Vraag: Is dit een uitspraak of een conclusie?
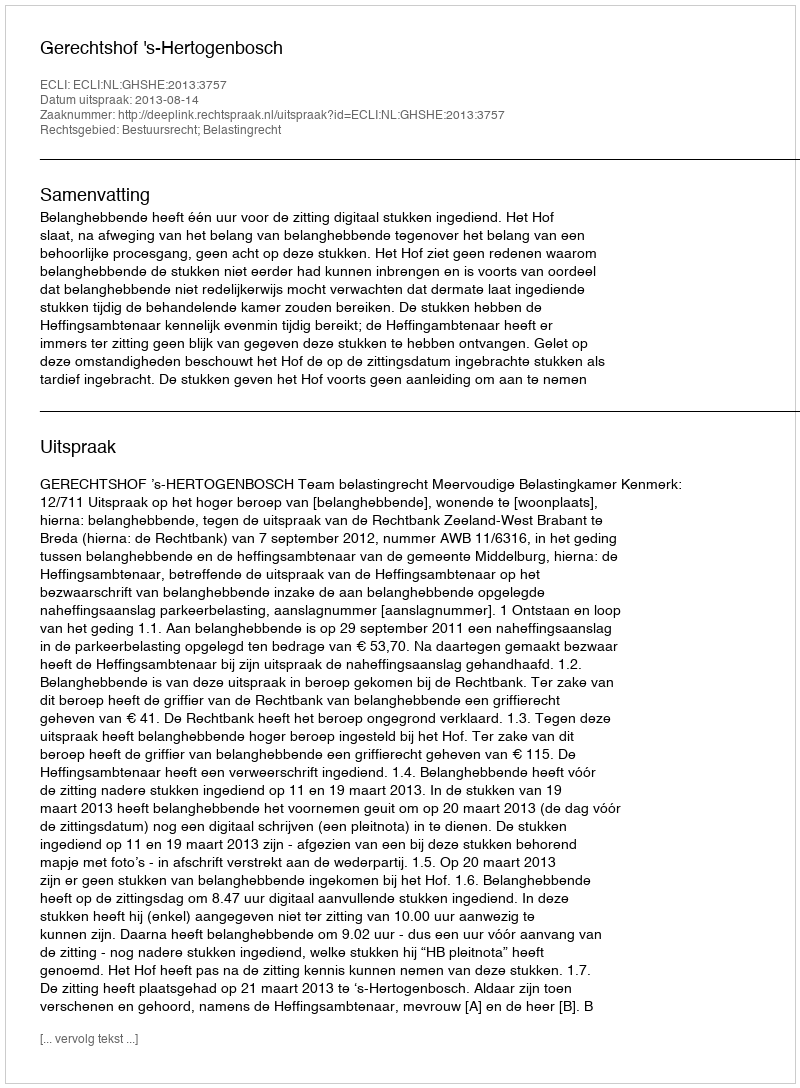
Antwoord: Uitspraak